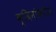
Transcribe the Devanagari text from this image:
क्विनकिरीम